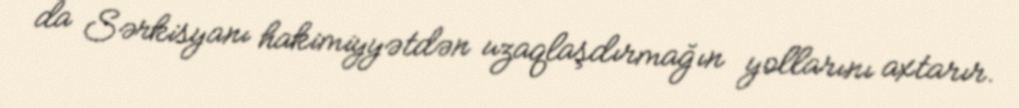
da Sərkisyanı hakimiyyətdən uzaqlaşdırmağın yollarını axtarır.